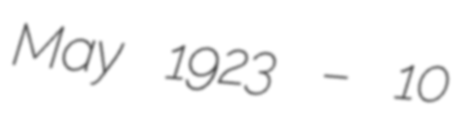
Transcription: May 1923 – 10